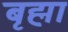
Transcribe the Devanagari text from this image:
बृह्मा